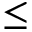
\leq